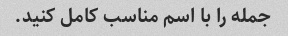
جمله را با اسم مناسب کامل کنید.